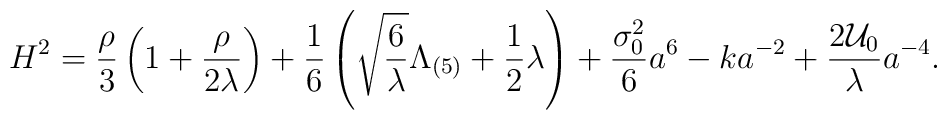
H^{2} = \frac{\rho}{3} \left( 1 + \frac{\rho}{2\lambda} \right)+ \frac{1}{6} \left( \sqrt{\frac{6}{\lambda}}\Lambda_{(5)} +\frac{1}{2} \lambda \right) + \frac{\sigma_0^2}{6} a^{\-6}- k a^{-2} + \frac{2{\cal U}_{0}}{\lambda} a^{-4}.